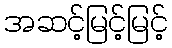
အဆင့်မြင့်မြင့်